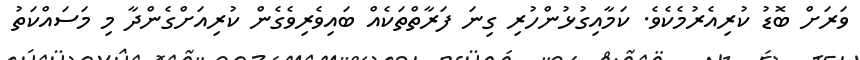
ވަރަށް ބޮޑު ކުރިއެރުމެކެވެ. ކަމާއިގުޅުންހުރި ގިނަ ފަރާތްތަކެއް ބައިވެރިވެގެން ކުރިއަށްގެންދާ މި މަސައްކަތު